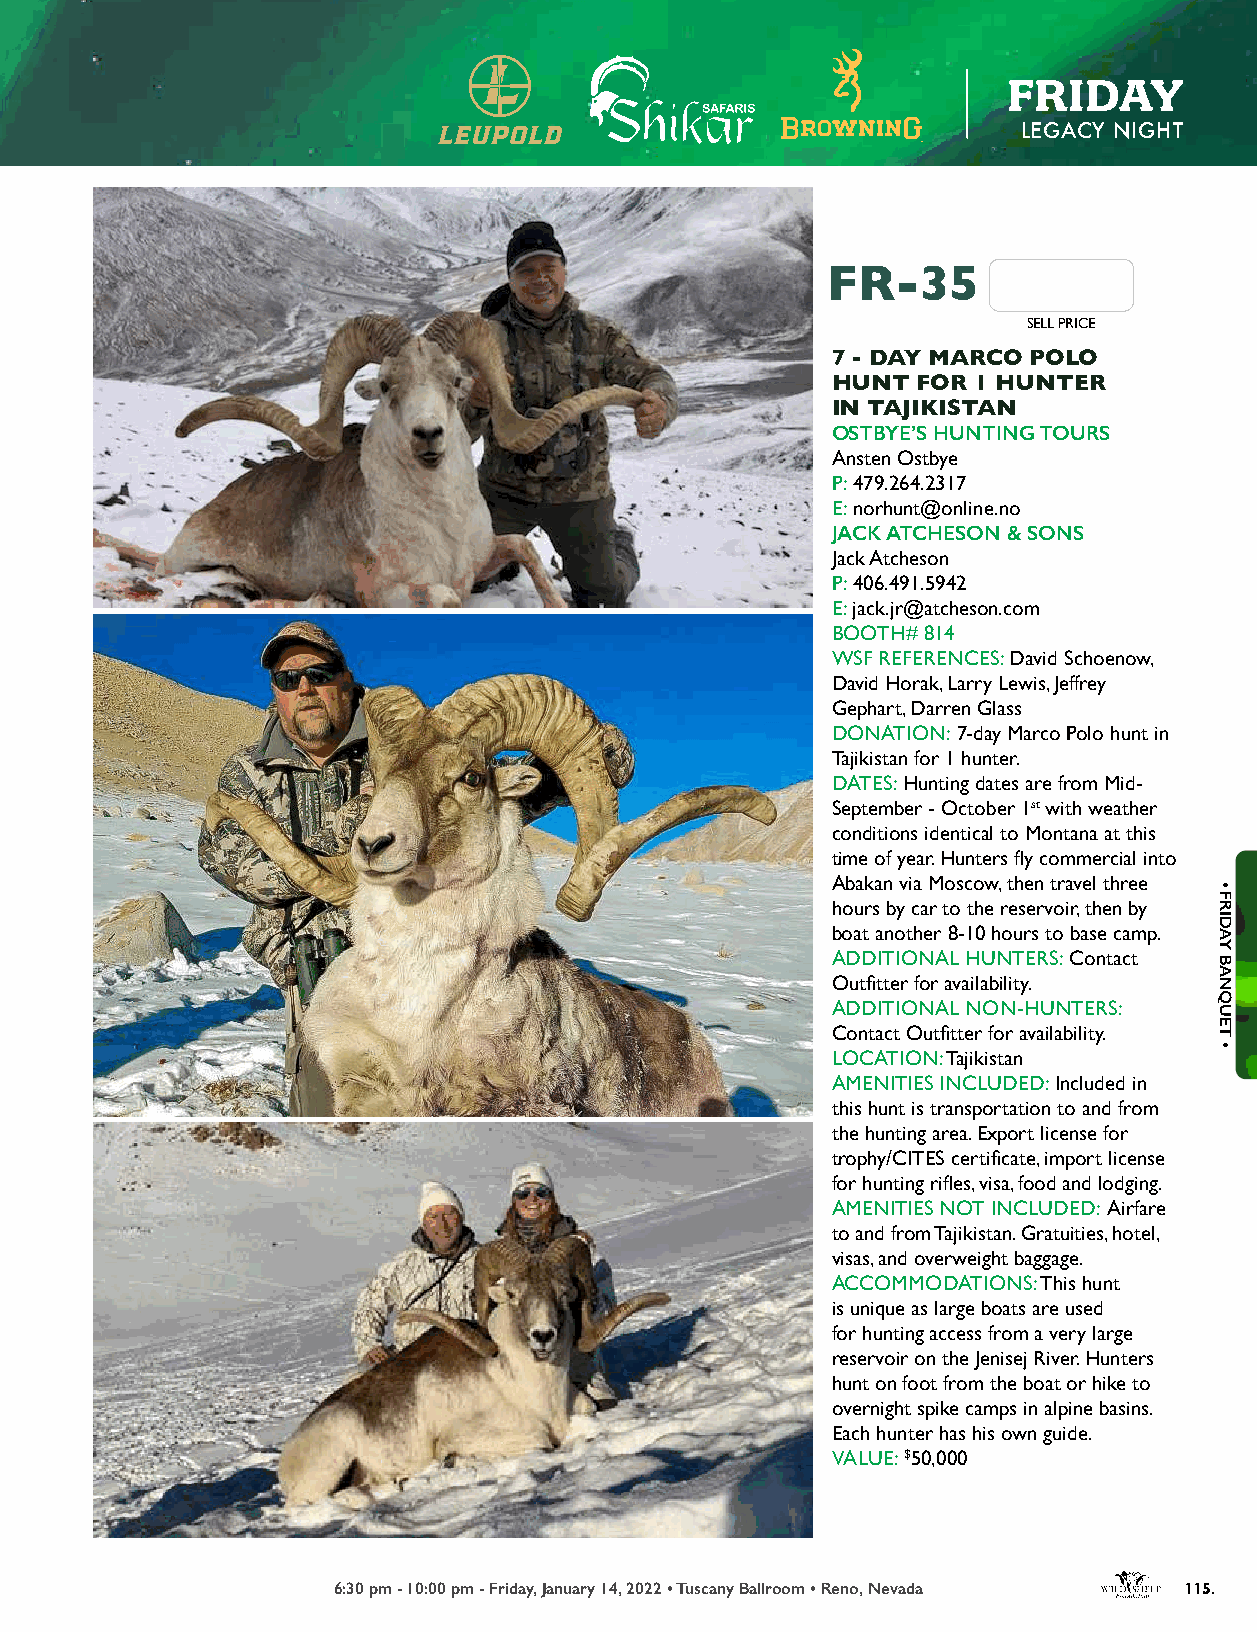
FRIDAY
 LEGACY NIGHT
 FR-35
 SELL PRICE
 7 - DAY MARCO POLO
 HUNT  FOR 1 HUNTER
 IN TAJIKISTAN
 OSTBYE’S HUNTING TOURS
 Ansten Ostbye
 P: 479.264.2317
 E: norhunt@online.no
 JACK ATCHESON & SONS
 Jack Atcheson
 P: 406.491.5942
 E: jack.jr@atcheson.com
 BOOTH# 814
 WSF REFERENCES: David Schoenow,
 David Horak, Larry Lewis, Jeffrey
 Gephart, Darren Glass
 DONATION: 7-day Marco Polo hunt in
 Tajikistan for 1 hunter.
 DATES: Hunting dates are from Mid-
 September - October 1st with weather
 conditions identical to Montana at this
 time of year. Hunters fly commercial into
 Abakan via Moscow, then travel three
 hours by car to the reservoir, then by
 boat another 8-10 hours to base camp.
 ADDITIONAL HUNTERS: Contact
 Outfitter for availability.
 ADDITIONAL NON-HUNTERS:
 Contact Outfitter for availability.
 LOCATION: Tajikistan
 AMENITIES INCLUDED: Included in
 this hunt is transportation to and from
 the hunting area. Export license for
 trophy/CITES certificate, import license
 for hunting rifles, visa, food and lodging.
 AMENITIES NOT INCLUDED: Airfare
 to and from Tajikistan. Gratuities, hotel,
 visas, and overweight baggage.
 ACCOMMODATIONS: This hunt
 is unique as large boats are used
 for hunting access from a very large
 reservoir on the Jenisej River. Hunters
 hunt on foot from the boat or hike to
 overnight spike camps in alpine basins.
 Each hunter has his own guide.
 VALUE: $50,000
 6:30 pm - 10:00 pm - Friday, January 14, 2022 • Tuscany Ballroom • Reno, Nevada 115.
 •
 FRIDAY
 BANQUET
 •